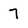
Character: 7